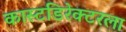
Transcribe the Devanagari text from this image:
कास्टडिरेक्टरला